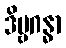
ဒိဗ္ဗဂန္ဓာ